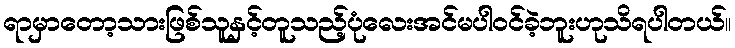
ရာမှာတော့သားဖြစ်သူနှင့်တူသည့်ပုံလေးအင်မပါဝင်ခဲ့ဘူးဟုသိရပါတယ်။